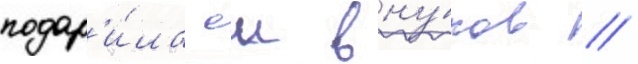
подар'и́ла еи вну́ков //